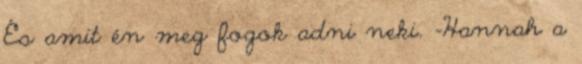
És amit én meg fogok adni neki. -Hannah a